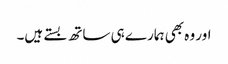
اور وہ بھی ہمارے ہی ساتھ بستے ہیں۔